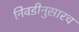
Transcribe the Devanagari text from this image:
निवडीनुसारच